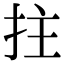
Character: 拄